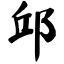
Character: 邱